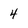
Character: 4